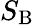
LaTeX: S_{\mathrm{B}}